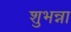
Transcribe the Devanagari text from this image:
शुभन्ना